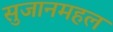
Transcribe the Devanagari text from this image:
सुजानमहल